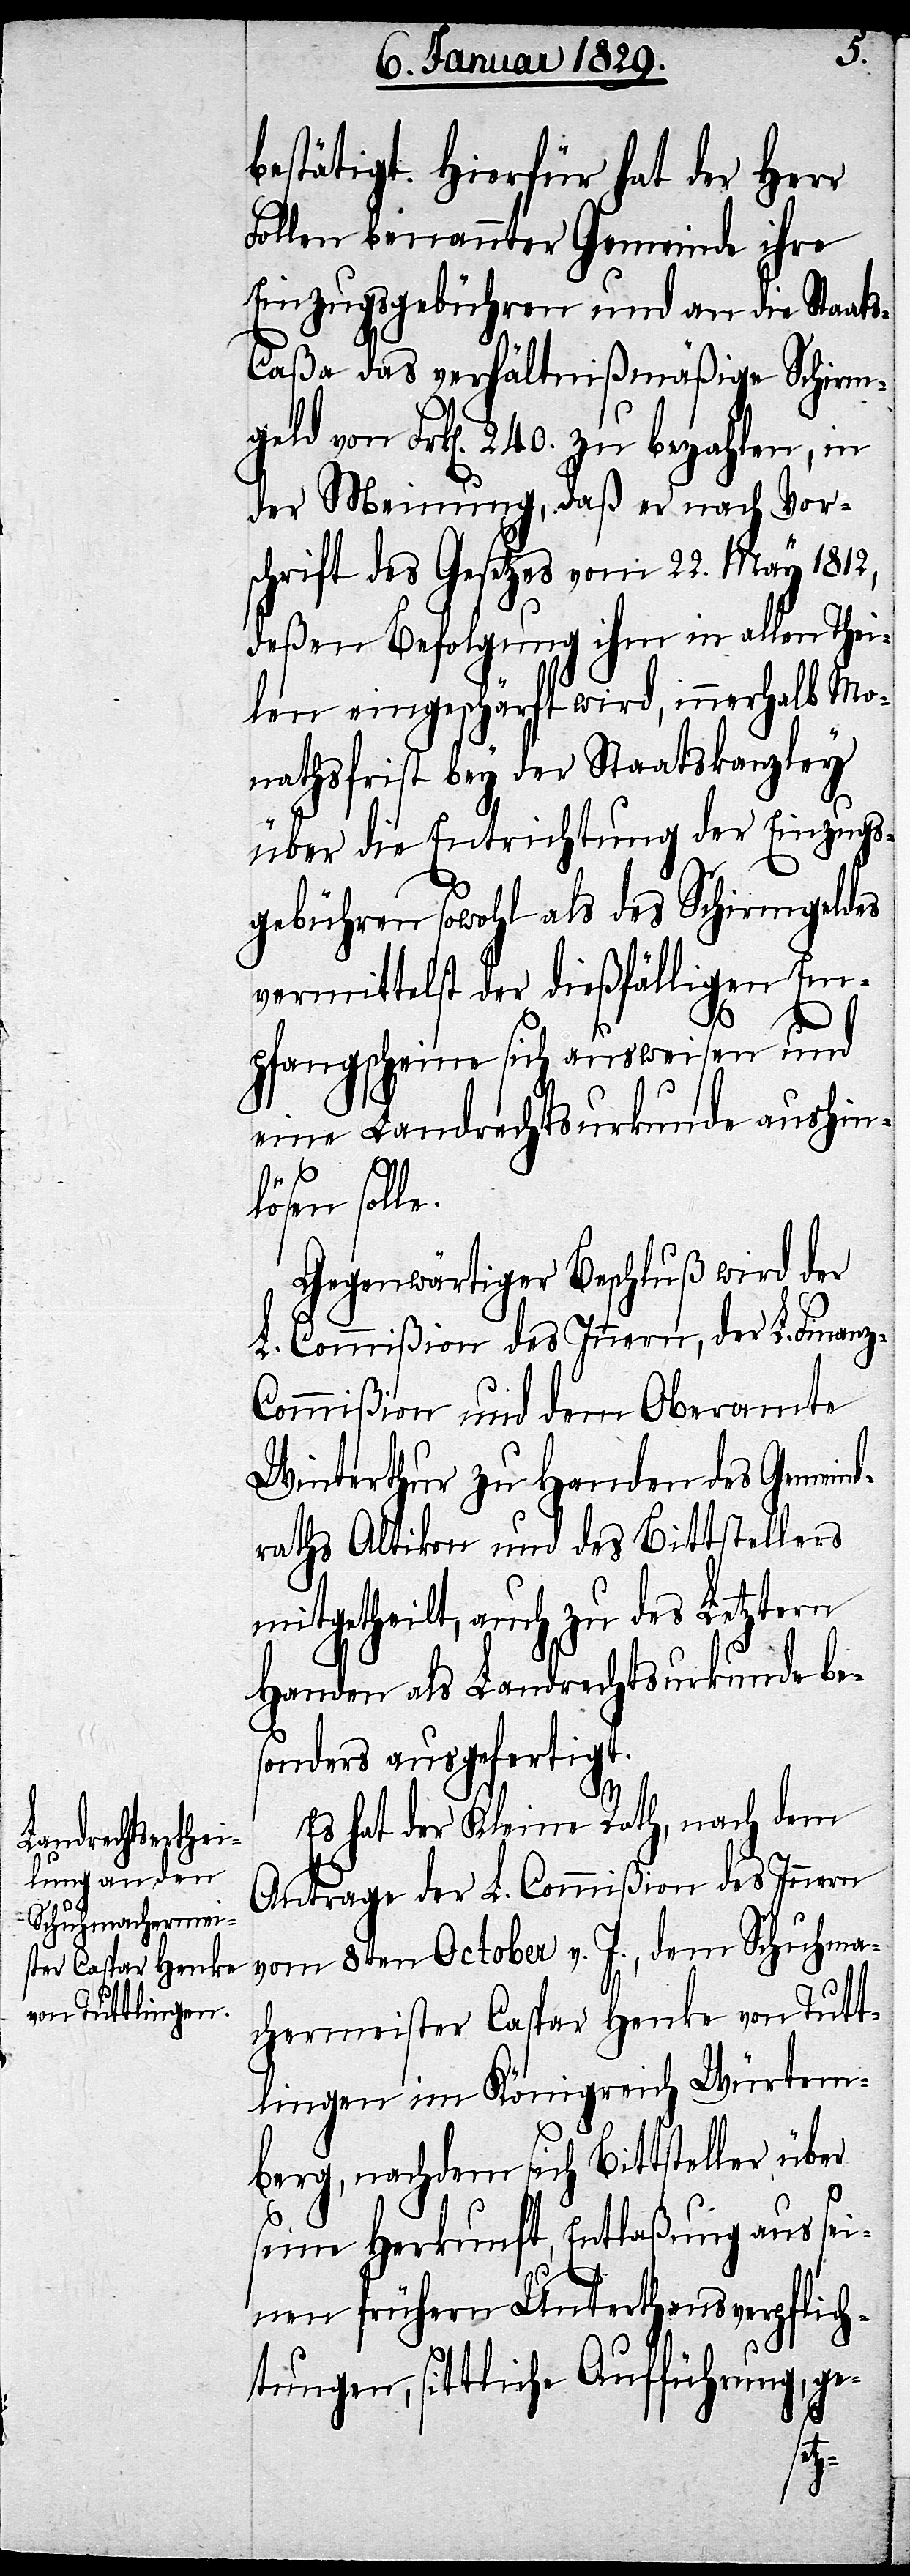
bestätigt. Hierfür hat der Herr
Follen benannter Gemeinde ihre
Einzugsgebühren und an die Staat¬
s-Caßa das verhältnißmäßige Schirm¬
geld von Frk[en]. 240. zu bezahlen, in
der Meinung, daß er nach Vor¬
schrift des Gesetzes vom 22. May 1812,
deßen Befolgung ihm in allen Thei¬
len eingeschärft wird, innerhalb Mo¬
nathsfrist bey der Staatskanzley
über die Entrichtung der Einzugs¬
gebühren sowohl als des Schirmgeldes
vermittelst der dießfälligen Em¬
pfangscheine sich ausweisen und
eine Landrechtsurkunde aushin¬
lösen solle.
Gegenwärtiger Beschluß wird der
L. Commißion des Innern, der L. Finan¬
z-Commißion und dem Oberamte
Winterthur zu Handen des Gemeind¬
sraths Altikon und des Bittstellers
mitgetheilt, auch zu des Letztern
Handen als Landrechtsurkunde be¬
sonders ausgefertigt.
Es hat der Kleine Rath, nach dem
Antrage der L. Commißion des Innern
vom 8ten October v. J., dem Schuhma¬
chermeister Caspar Henke von Tutt¬
lingen im Königreich Würtem¬
berg, nachdem sich Bittsteller über
seine Herkunft, Entlaßung aus sei¬
nen frühern Unterthansverpflich¬
tungen, sittliche Aufführung, ge-